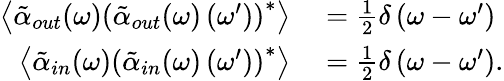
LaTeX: \begin{array}{rl}{\left\langle\tilde{\alpha}_{out}(\omega)\left(\tilde{\alpha}_{out}(\omega)\left(\omega^{\prime}\right)\right)^{*}\right\rangle}&{{}=\frac{1}{2}\delta\left(\omega-\omega^{\prime}\right)}\\ {\left\langle\tilde{\alpha}_{in}(\omega)\left(\tilde{\alpha}_{in}(\omega)\left(\omega^{\prime}\right)\right)^{*}\right\rangle}&{{}=\frac{1}{2}\delta\left(\omega-\omega^{\prime}\right).}\end{array}